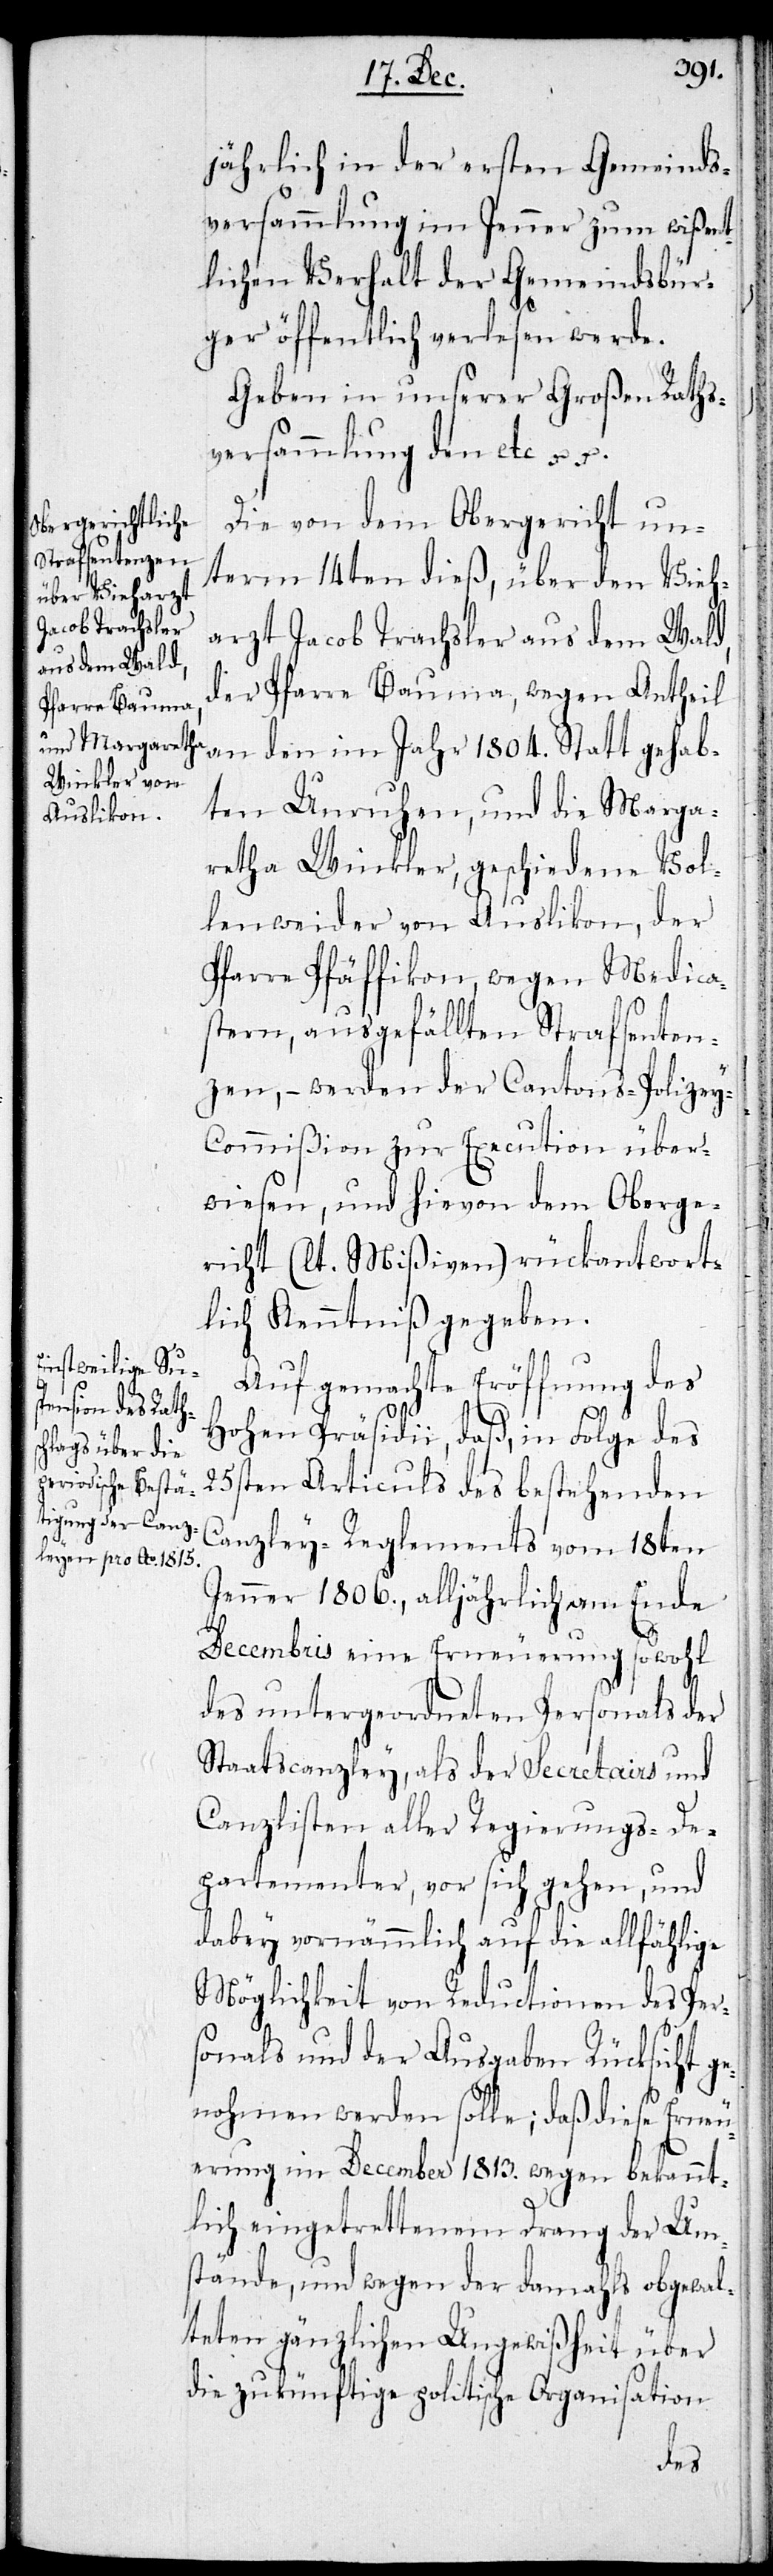
jährlich in der ersten Gemeinds¬
versammlung im Jenner zum wißent¬
lichen Verhalt der Gemeindsbür¬
ger öffentlich verlesen werde.
Geben in unserer Großen Raths¬
versammlung den etc.
Die von dem Obergericht un¬
term 14ten dieß, über den Vieh¬
arzt Jacob Trachsler aus dem Wald,
der Pfarre Bauma, wegen Antheil
an den im Jahr 1804. Statt gehab¬
ten Unruhen, und die Marga¬
retha Winkler, geschiedene Vol¬
lenweider von Auslikon, der
Pfarre Pfäffikon, wegen Medica¬
stern, ausgefällten Strafsenten¬
zen, – werden der Cantons-Polizey-C¬
ommißion zur Execution über¬
wiesen, und hievon dem Oberge¬
richt (lt. Mißiven) rückantwort¬
lich Kenntniß gegeben.
Auf gemachte Eröffnung des
Hohen Präsidii, daß, in Folge des
25sten Articuls des bestehenden
Canzley-Reglements vom 18ten
Jenner 1806., alljährlich am Ende
Decembris eine Erneuerung sowohl
des untergeordneten Personals der
Staatscanzley, als der Secretairs und
Canzlisten aller Regierungs-De¬
partementer, vor sich gehen, und
dabey vornämlich auf die allfählige
Möglichkeit von Reductionen des Per¬
sonals und der Ausgaben Rücksicht ge¬
nohmen werden sollen; daß diese Erneu¬
erung im December 1813. wegen bekannt¬
lich eingetrettenem Drang der Um¬
stände, und wegen der damahls obgewal¬
teten gänzlichen Ungewißheit über
die zukünftige politische Organisation